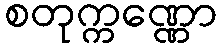
စတုက္ကဏ္ဏော